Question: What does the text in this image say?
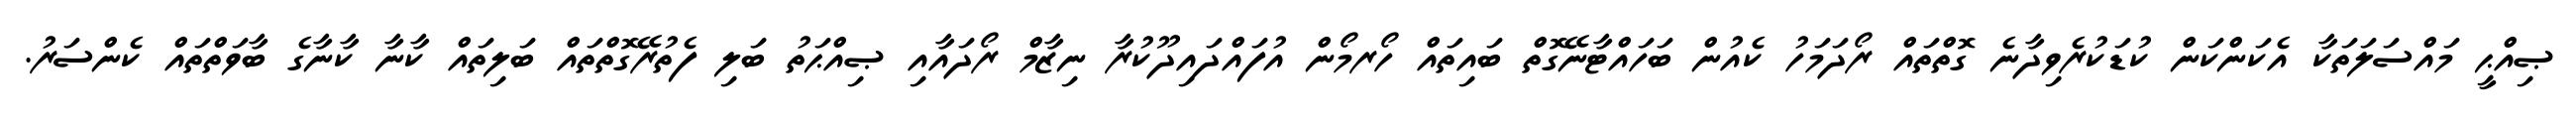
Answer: ޞިއްޙީ މައްސަލަތަކާ އެކަންކަން ކުޑަކުރެވިދާނެ ގޮތްތައް ރޯދަމަހު ކެއުން ބަހައްޓާނޭގޮތް ބައިތައް ހޯރމޯން އުފައްދައިދޫކުރާ ނިޒާމް ރޯދައާއި ޞިއްޙަތު ބަލި ފެތުރޭގޮތްތައް ބަލިތައް ކާނާ ކާނާގެ ބާވަތްތައް ކެންސަރު.